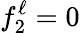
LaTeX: f_{2}^{\ell}=0